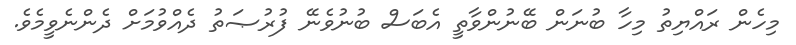
މިހެން ރައްޔިތު މިހާ ބުނަން ބޭނުންވާތީ އެބަސް ބުނުވެނޭ ފުރުޞަތު ދެއްވުމަށް ދެންނެވީމެވެ.